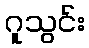
ဂူသွင်း